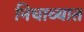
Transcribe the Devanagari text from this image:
निघाव्यात